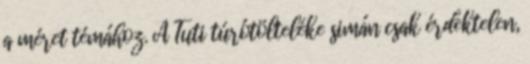
a méret témához. A Tuti túrótölteléke simán csak érdektelen,